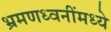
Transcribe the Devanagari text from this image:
भ्रमणध्वनींमध्ये